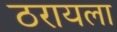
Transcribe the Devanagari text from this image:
ठरायला